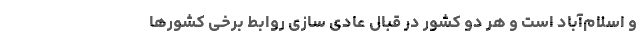
و اسلام‌آباد است و هر دو کشور در قبال عادی سازی روابط برخی کشورها